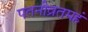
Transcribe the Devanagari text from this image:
पतनीव्रतमहं